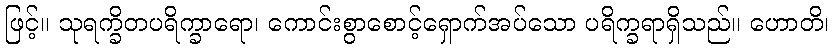
ဖြင့်။ သုရက္ခိတပရိက္ခာရော၊ ကောင်းစွာစောင့်ရှောက်အပ်သော ပရိက္ခရာရှိသည်။ ဟောတိ၊